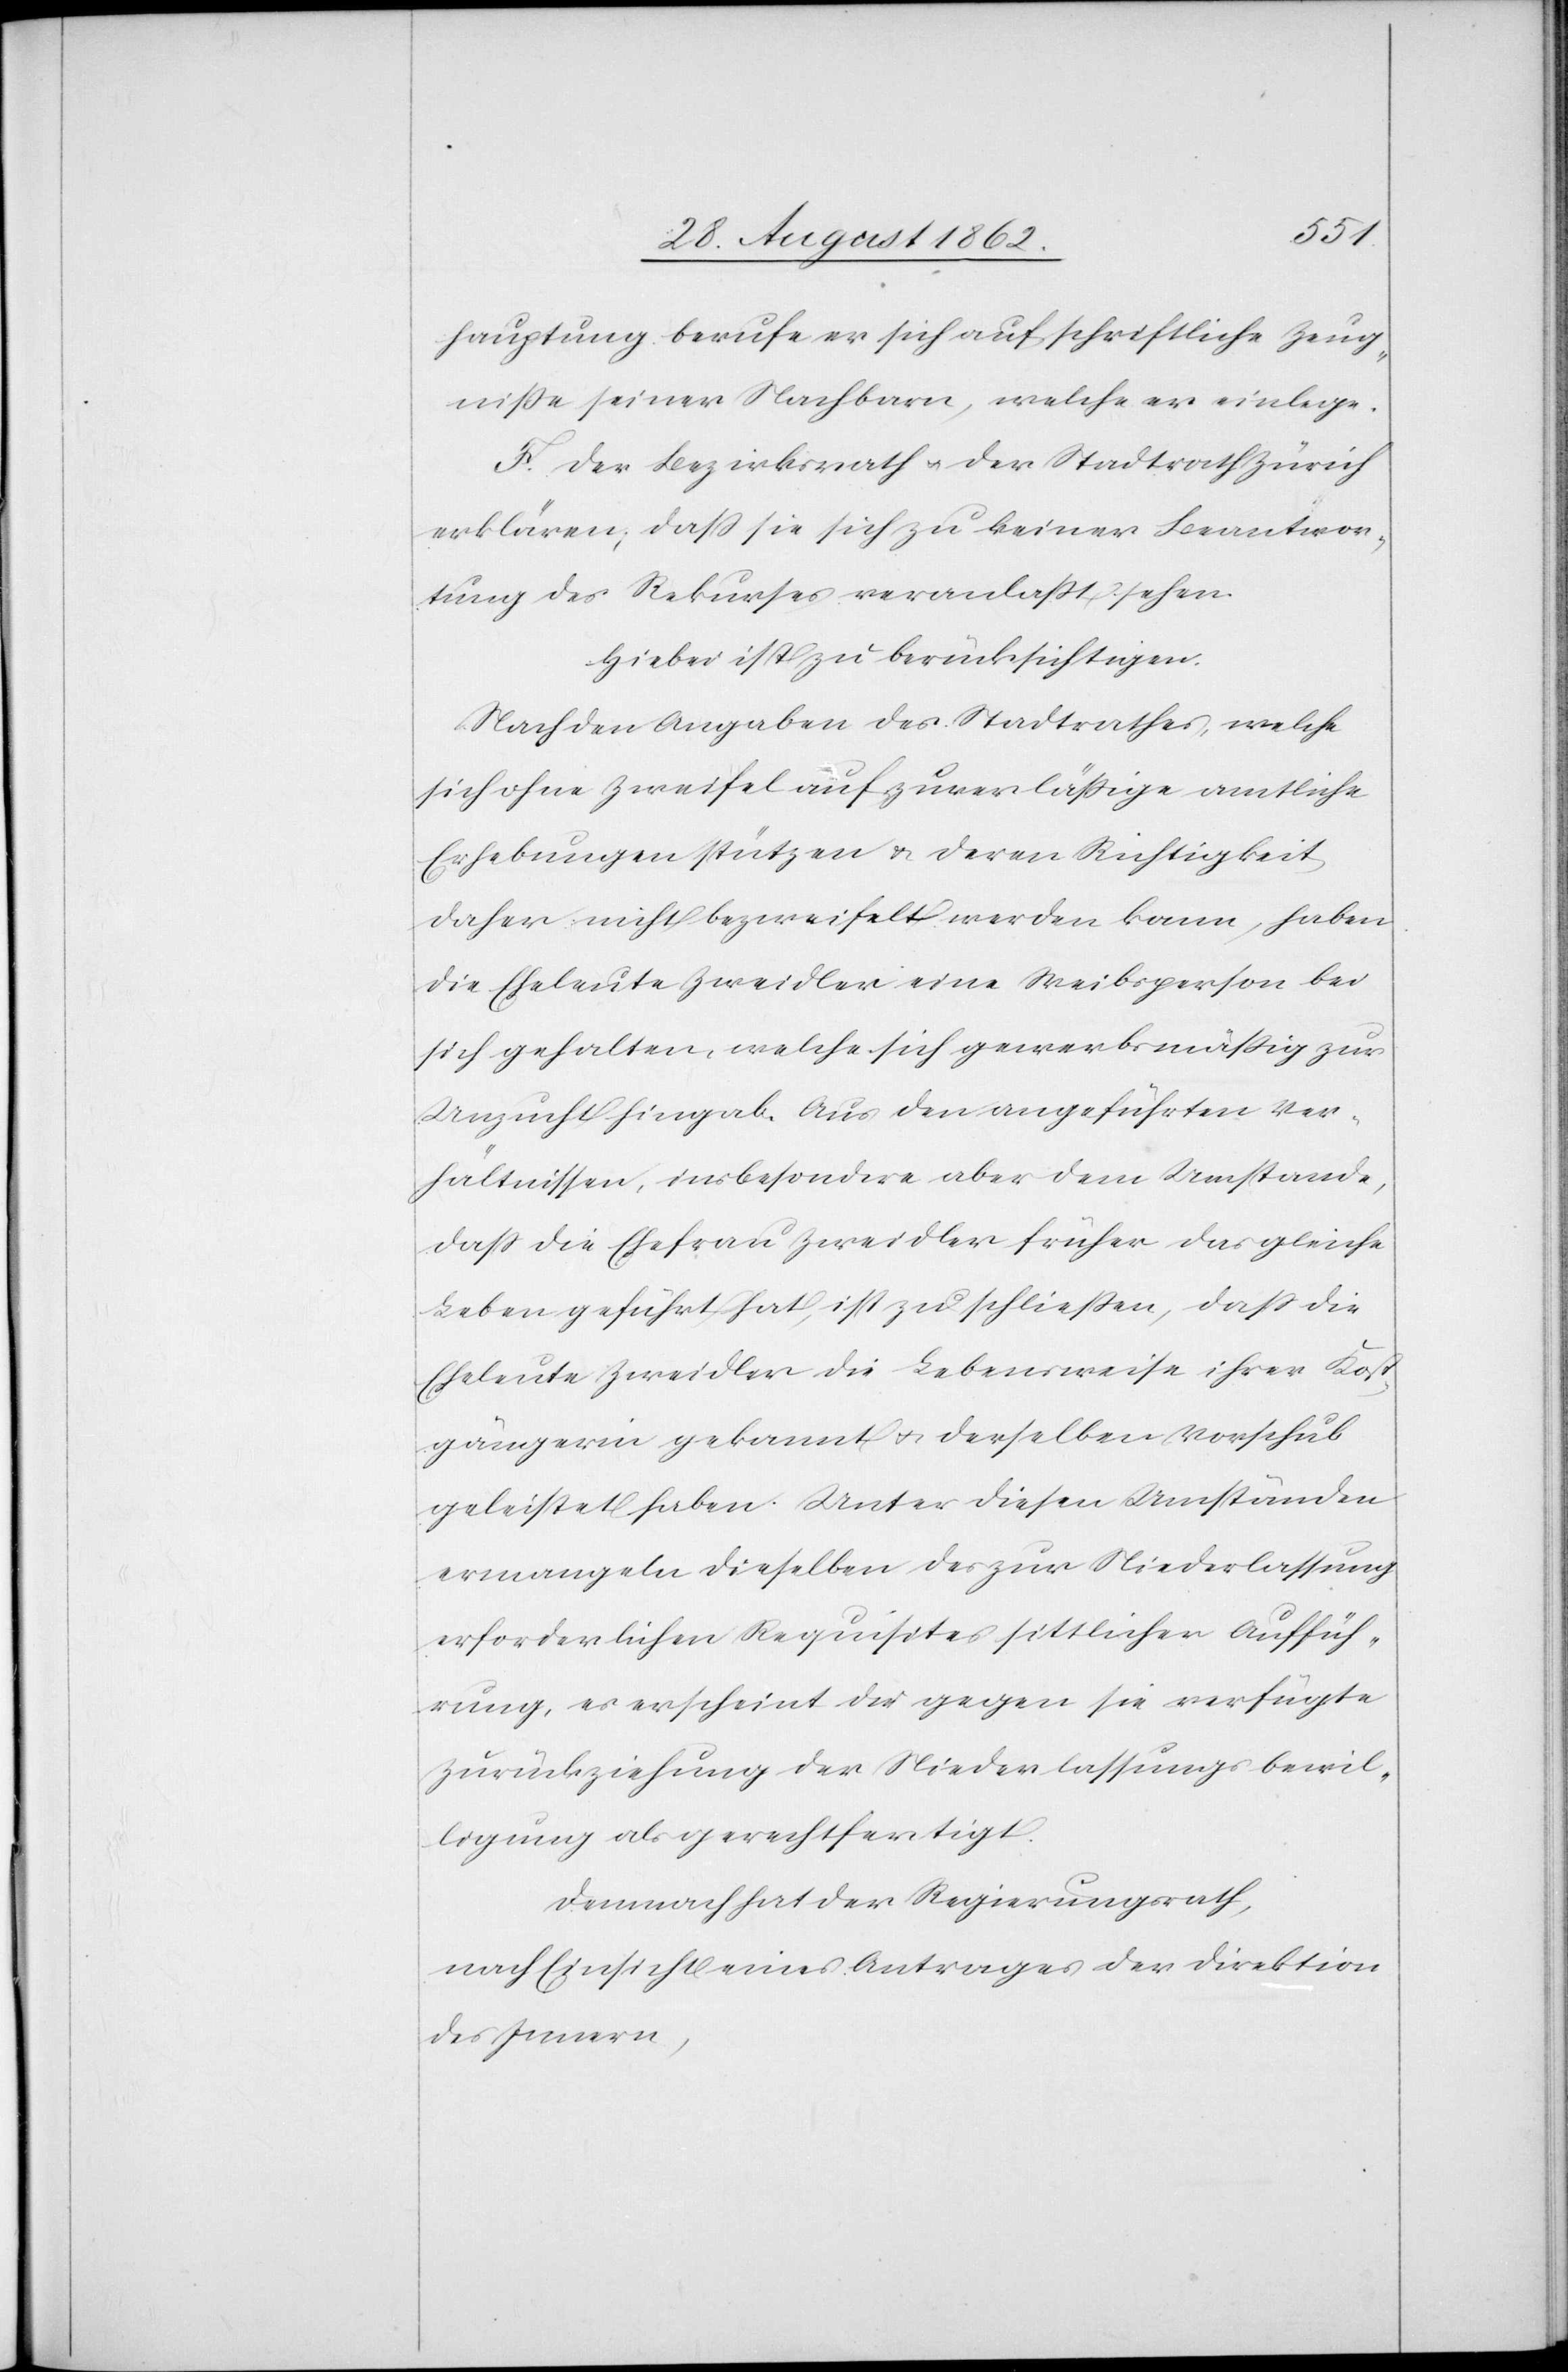
hauptung berufe er sich auf schriftlich Zeug¬
niße seiner Nachbarn, welche er einlege.
F. Der Bezirksrath u. der Stadtrath Zürich
erklären, daß sie sich zu keiner Beantwor¬
tung des Rekurses veranlaßt sehen.
Hiebei ist zu berücksichtigen:
Nach den Angaben des Stadtrathes, welche
sich ohne Zweifel auf zuverläßige amtliche
Erhebungen stützen u. deren Richtigkeit
daher nicht bezweifelt werden kann, haben
die Eheleute Zweidler eine Weibsperson bei
sich gehalten, welche sich gewerbsmäßig zur
Unzucht hingab. Aus den angeführten Ver¬
hältnissen, insbesondere aber dem Umstande,
daß die Ehefrau Zweidler früher das gleiche
Leben geführt hat, ist zu schließen, daß die
Eheleute Zweidler die Lebensweise ihrer Kost¬
gängerin gekannt u. derselben Vorschub
geleistet haben. Unter diesen Umständen
ermangeln dieselben des zur Niederlassung
erforderlichen Requisites sittlicher Auffüh¬
rung, es erscheint die gegen sie verfügte
Zurückziehung der Niederlassungsbewil¬
ligung als gerechtfertigt.
Demnach hat der Regierungsrath,
nach Einsicht eines Antrages der Direktion
des Innern,